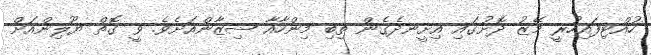
ހުއްޓިފައިހުރީ މޭޒު ދޮށުގައި އިށީނދެގެން ތިބި މިންހާއާ ޝިޒާންއަށެވެ. ވީ ގޮތް ޔޫލިންއަށް